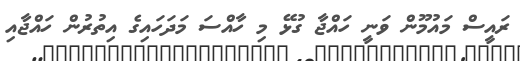
ރައީސް މައުމޫން ވަނީ ހައްޖާ ގުޅޭ މި ހާއްސަ މަދަހައިގެ އިތުރުން ހައްޖާއި